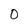
Character: 0